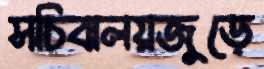
সচিবালয়জুড়ে